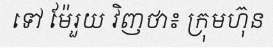
ទៅ ម៉ែរួយ វិញថា៖ ក្រុមហ៊ុន